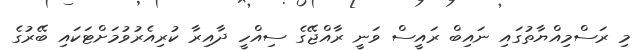
މި ރަސްމިއްޔާތުގައި ނައިބް ރައީސް ވަނީ ރާއްޖޭގެ ސިއްހީ ދާއިރާ ކުރިއެރުވުމަށްޓަކައި ބޭރުގެ